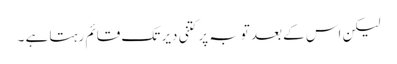
لیکن اس کے بعد توبہ پر کتنی دیر تک قائم رہتا ہے ۔